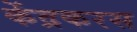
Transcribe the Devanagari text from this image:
केंद्रकरस